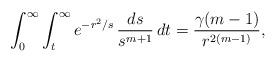
LaTeX: \begin{align*}\int_0^\infty \int_t^\infty e^{-r^2/s}\,\frac{ds}{s^{m+1}}\, dt=\frac{\gamma(m-1)}{r^{2(m-1)}},\end{align*}